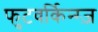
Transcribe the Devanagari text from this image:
फुटवर्किन्ग्ज़